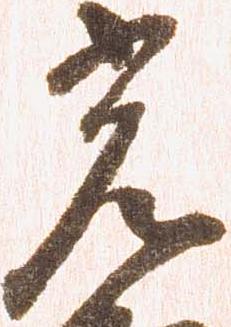
光